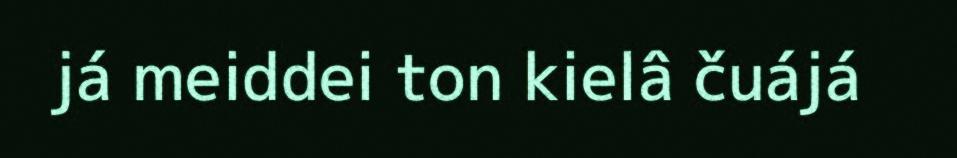
já meiddei ton kielâ čuájá